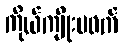
ကိုယ်ကျိုးမဖက်